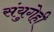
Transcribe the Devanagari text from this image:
संयुगेही